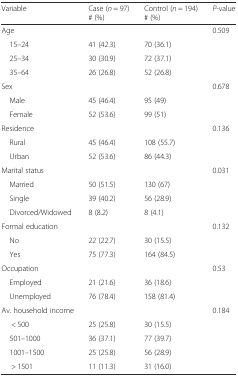
| Variable | Case (n = 97) # (%) | Control (n = 194) # (%) | P-value |
 | --- | --- | --- | --- |
 | Age |  |  | 0.509 |
 | 15–24 | 41 (42.3) | 70 (36.1) |  |
 | 25–34 | 30 (30.9) | 72 (37.1) |  |
 | 35–64 | 26 (26.8) | 52 (26.8) |  |
 | Sex |  |  | 0.678 |
 | Male | 45 (46.4) | 95 (49) |  |
 | Female | 52 (53.6) | 99 (51) |  |
 | Residence |  |  | 0.136 |
 | Rural | 45 (46.4) | 108 (55.7) |  |
 | Urban | 52 (53.6) | 86 (44.3) |  |
 | Marital status |  |  | 0.031 |
 | Married | 50 (51.5) | 130 (67) |  |
 | Single | 39 (40.2) | 56 (28.9) |  |
 | Divorced/Widowed | 8 (8.2) | 8 (4.1) |  |
 | Formal education |  |  | 0.132 |
 | No | 22 (22.7) | 30 (15.5) |  |
 | Yes | 75 (77.3) | 164 (84.5) |  |
 | Occupation |  |  | 0.53 |
 | Employed | 21 (21.6) | 36 (18.6) |  |
 | Unemployed | 76 (78.4) | 158 (81.4) |  |
 | Av. household income |  |  | 0.184 |
 | < 500 | 25 (25.8) | 30 (15.5) |  |
 | 501–1000 | 36 (37.1) | 77 (39.7) |  |
 | 1001–1500 | 25 (25.8) | 56 (28.9) |  |
 | > 1501 | 11 (11.3) | 31 (16.0) |  |